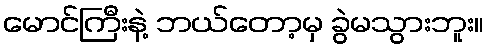
မောင်ကြီးနဲ့ ဘယ်တော့မှ ခွဲမသွားဘူး။